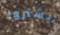
يشتروا